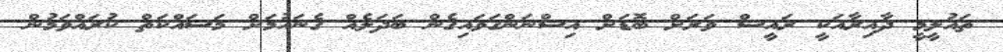
ތައުލީމީ ދާއިރާއަކީ ރައީސް ވަރަށް ބޮޑަށް އިސްނަންގަވައިގެން ބަދަލެއް ގެނައުމަށް މަސައްކަތް ކުރައްވަމުން